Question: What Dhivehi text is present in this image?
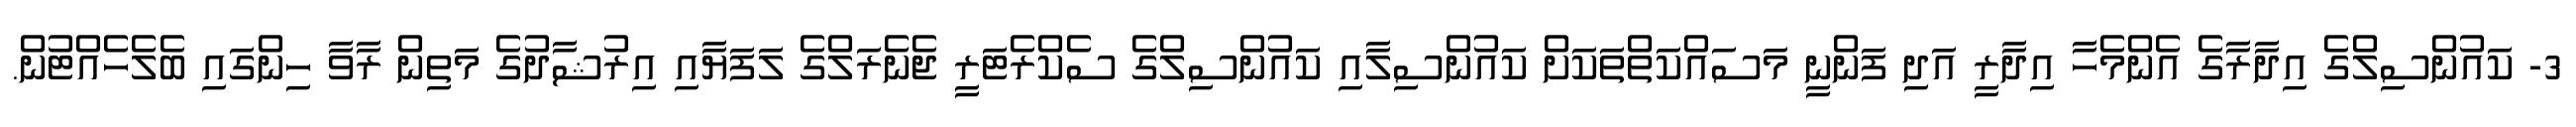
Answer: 3- ކައުންސިލްގެ އިދާރާގެ އެންމެހާ އިދާރީ އަދި ފަންނީ މަސައްކަތްތަކަށް ކައުންސިލާއި ކައުންސިލްގެ ސެކްރެޓަރީ ޖެނެރަލްގެ ލަފަޔާއި އިރުޝާދުގެ މަތިން ރާވާ ހިންގައި ބެލެހެއްޓުން.